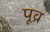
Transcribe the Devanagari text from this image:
पूव्र